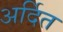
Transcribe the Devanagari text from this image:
अर्दित